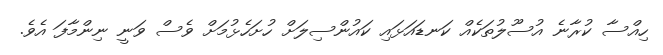
ހިއްސާ ކުރާނެ އުސޫލުތަކެއް ކަނޑައަޅައި ކައުންސިލަށް ހުށަހެޅުމަށް ވެސް ވަނީ ނިންމާފަ އެވެ.